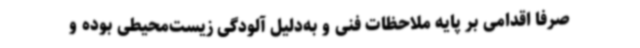
صرفا اقدامی بر پایه ملاحظات فنی و به‌دلیل آلودگی زیست‌محیطی بوده و